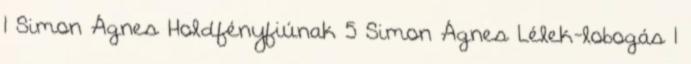
1 Simon Ágnes Holdfényfiúnak 5 Simon Ágnes Lélek-lobogás 1